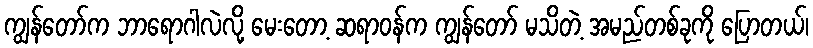
ကျွန်တော်က ဘာရောဂါလဲလို့ မေးတော့ ဆရာဝန်က ကျွန်တော် မသိတဲ့ အမည်တစ်ခုကို ပြောတယ်၊